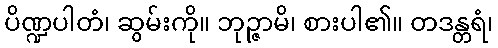
ပိဏ္ဍပါတံ၊ ဆွမ်းကို။ ဘုဉ္ဇာမိ၊ စားပါ၏။ တဒန္တရံ၊